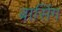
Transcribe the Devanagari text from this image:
बासिंग